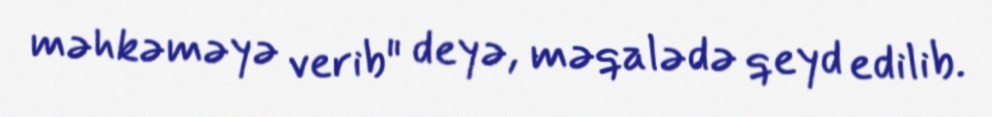
məhkəməyə verib" deyə, məqalədə qeyd edilib.